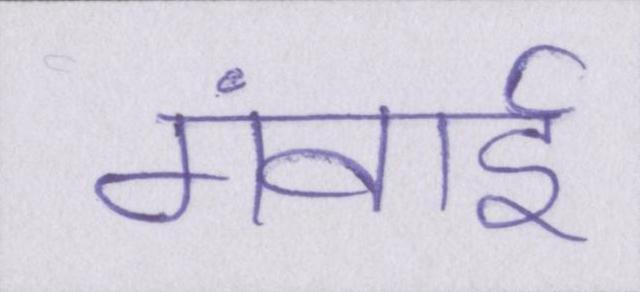
गंवाई